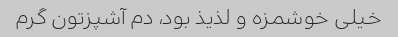
خیلی خوشمزه و لذیذ بود، دم آشپزتون گرم